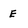
Character: E